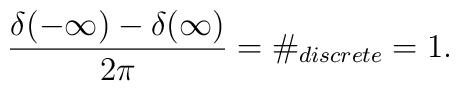
\frac{\delta (-\infty )-\delta (\infty )}{2\pi }=\#_{discrete}=1.